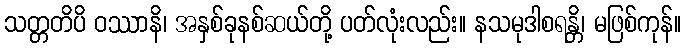
သတ္တတိပိ ဝဿာနိ၊ အနှစ်ခုနစ်ဆယ်တို့ ပတ်လုံးလည်း။ နသမုဒါစရန္တိ၊ မဖြစ်ကုန်။